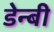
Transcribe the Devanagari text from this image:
डेन्‍बी